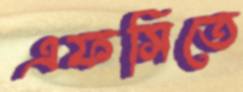
এফসিতে